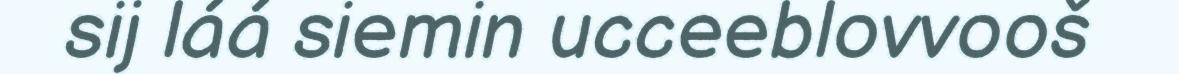
sij láá siemin ucceeblovvooš